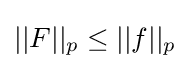
||F||_{p}\leq ||f||_{p}